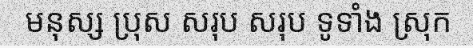
មនុស្ស ប្រុស សរុប សរុប ទូទាំង ស្រុក